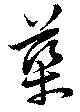
蕖